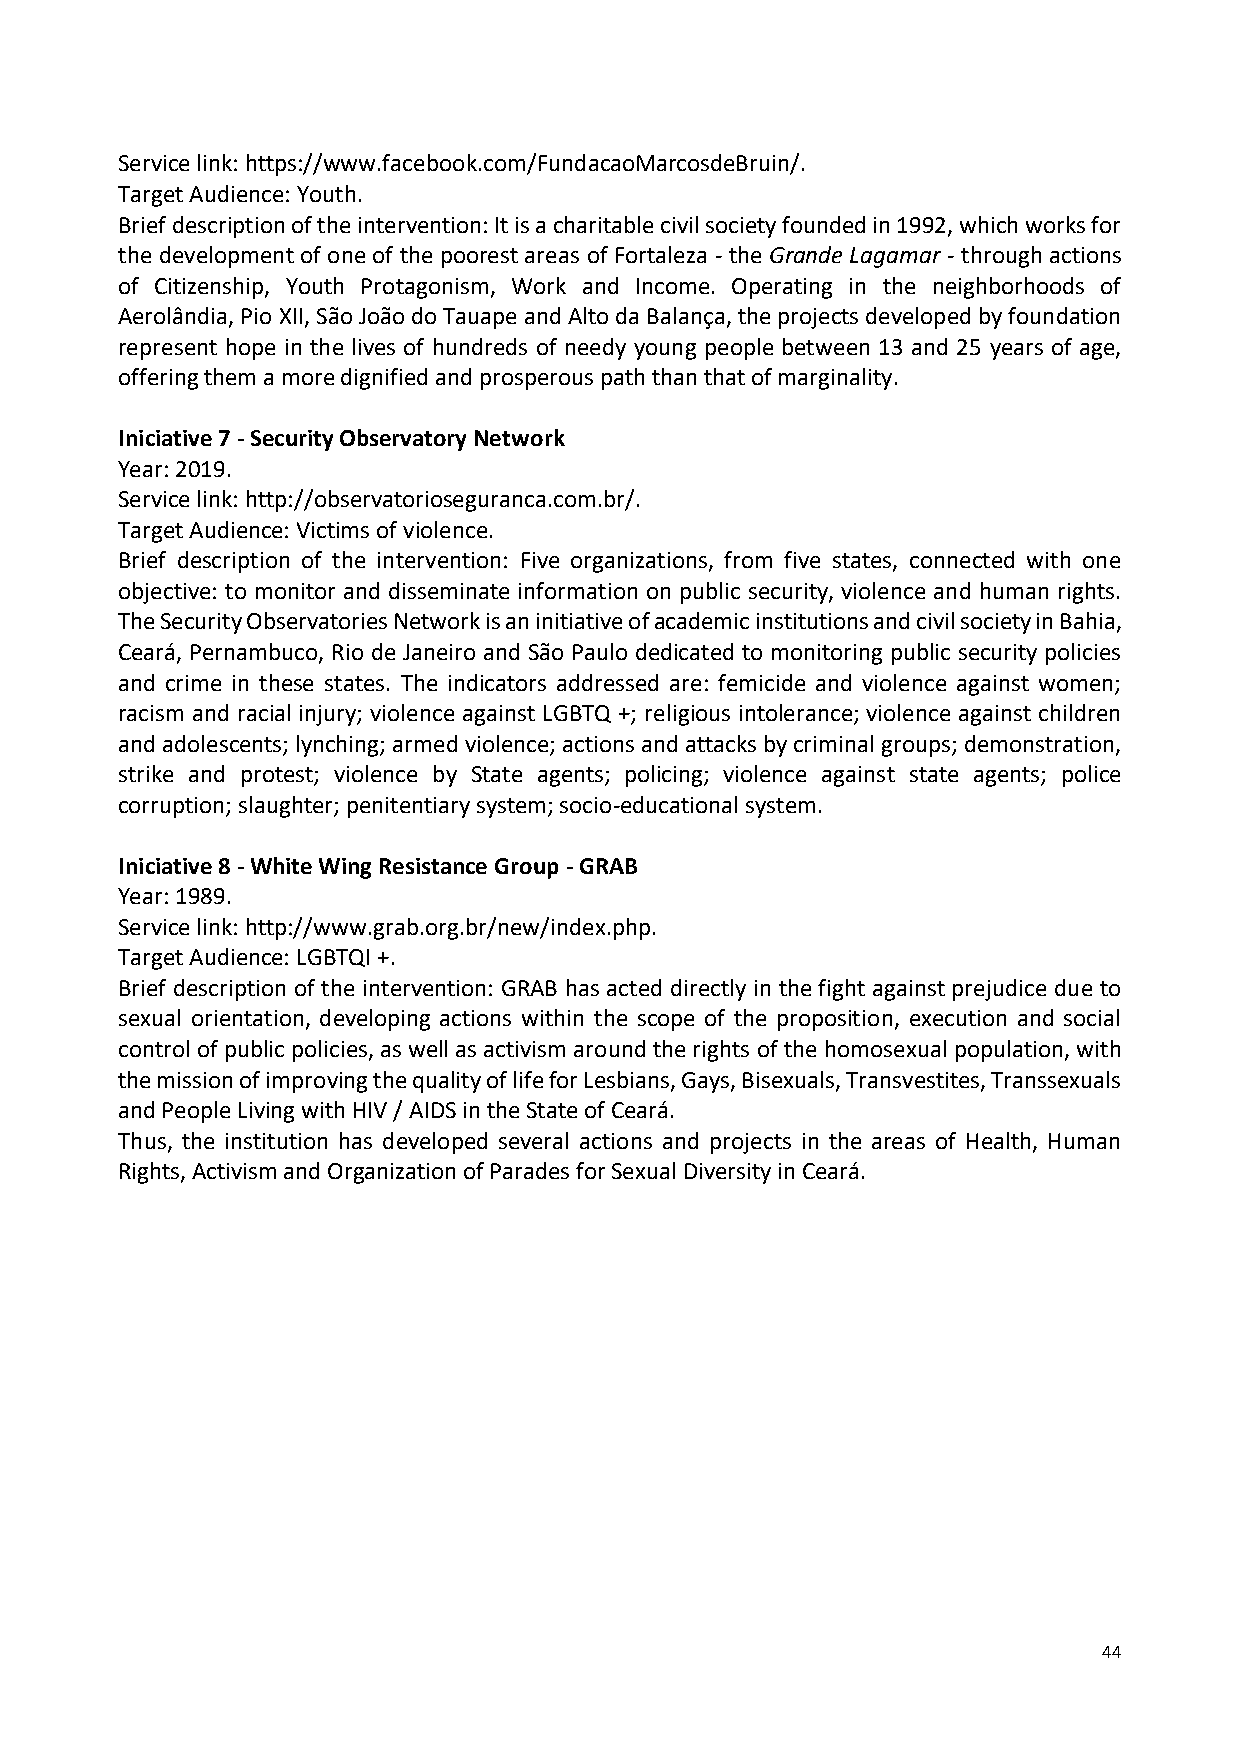
Service link: https://www.facebook.com/FundacaoMarcosdeBruin/.
 Target Audience: Youth.
 Brief description of the intervention: It is a charitable civil society founded in 1992, which works for
 the development of one of the poorest areas of Fortaleza - the Grande Lagamar - through actions
 of Citizenship, Youth Protagonism, Work and Income. Operating in the neighborhoods of
 Aerolândia, Pio XII, São João do Tauape and Alto da Balança, the projects developed by foundation
 represent hope in the lives of hundreds of needy young people between 13 and 25 years of age,
 offering them a more dignified and prosperous path than that of marginality.
 Iniciative 7 - Security Observatory Network
 Year: 2019.
 Service link: http://observatorioseguranca.com.br/.
 Target Audience: Victims of violence.
 Brief description of the intervention: Five organizations, from five states, connected with one
 objective: to monitor and disseminate information on public security, violence and human rights.
 The Security Observatories Network is an initiative of academic institutions and civil society in Bahia,
 Ceará, Pernambuco, Rio de Janeiro and São Paulo dedicated to monitoring public security policies
 and crime in these states. The indicators addressed are: femicide and violence against women;
 racism and racial injury; violence against LGBTQ +; religious intolerance; violence against children
 and adolescents; lynching; armed violence; actions and attacks by criminal groups; demonstration,
 strike and protest; violence by State agents; policing; violence against state agents; police
 corruption; slaughter; penitentiary system; socio-educational system.
 Iniciative 8 - White Wing Resistance Group - GRAB
 Year: 1989.
 Service link: http://www.grab.org.br/new/index.php.
 Target Audience: LGBTQI +.
 Brief description of the intervention: GRAB has acted directly in the fight against prejudice due to
 sexual orientation, developing actions within the scope of the proposition, execution and social
 control of public policies, as well as activism around the rights of the homosexual population, with
 the mission of improving the quality of life for Lesbians, Gays, Bisexuals, Transvestites, Transsexuals
 and People Living with HIV / AIDS in the State of Ceará.
 Thus, the institution has developed several actions and projects in the areas of Health, Human
 Rights, Activism and Organization of Parades for Sexual Diversity in Ceará.
 44